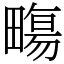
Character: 𤳈